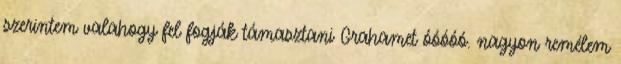
szerintem valahogy fel fogják támasztani Grahamet óóóóó. nagyon remélem